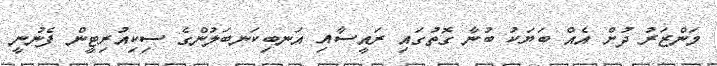
މަންޒަރު ދުށް އެއް ބަޔަކު ބުނާ ގޮތުގައި ރައީސާއި އަނބިކަނބަލުންގެ ސިކިއުރިޓީން ފެނުނީ